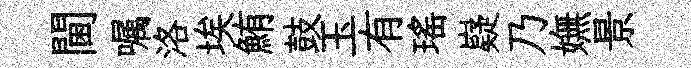
閫嘱洛埃鮪鼓玉有瑶嶷乃嫵景